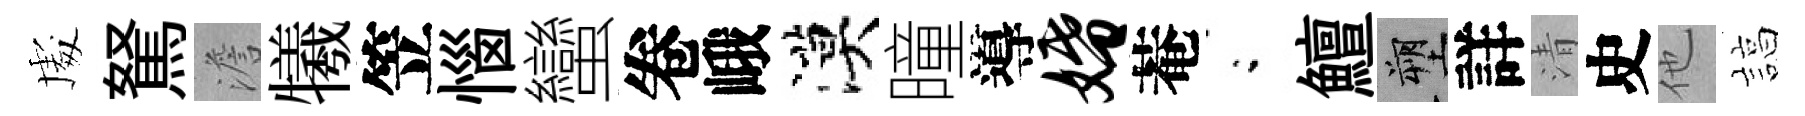
䖏駑澹犧笠惱蠻卷峨漠曈導婚菴閤鱣塑詳清史他諄